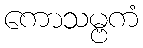
ကောသမ္ဗကံ